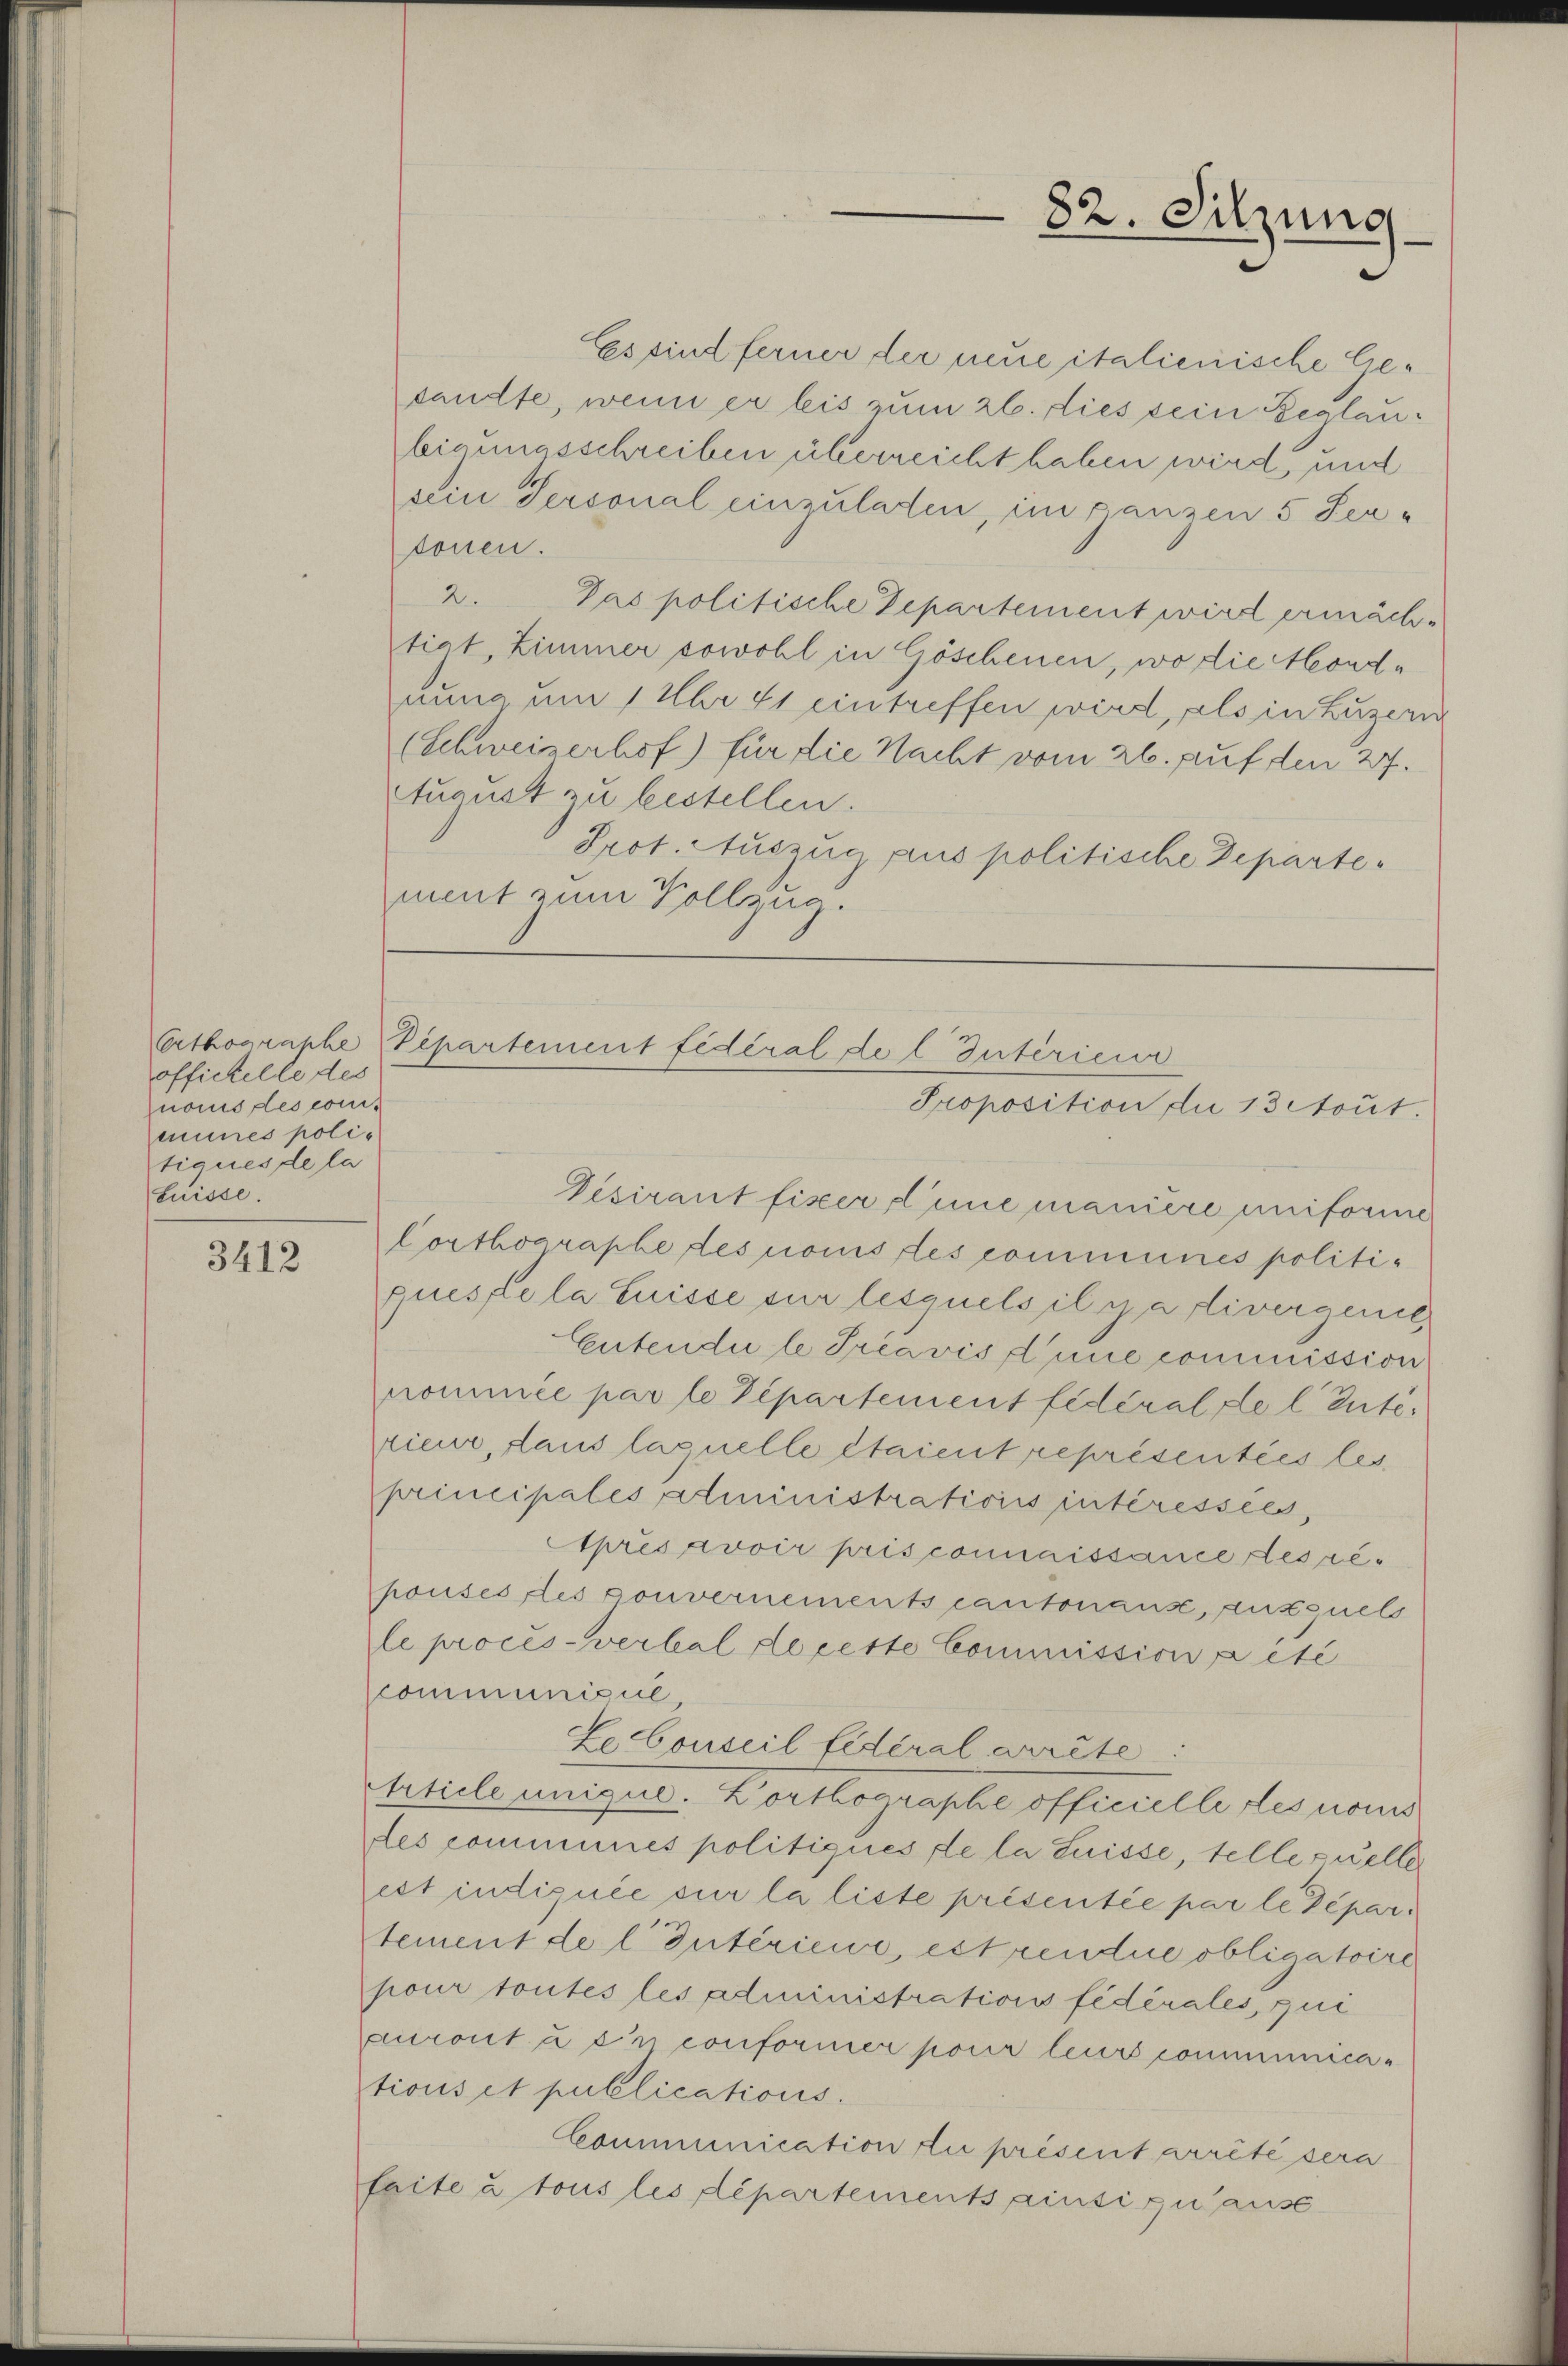
officielle des
nomis des communes politiques de la
Luisse.

3412

Es sind ferner der neue italienische Gesandte, wenn er bis zum 26. dies sein Beglaubigungsschreiben überreicht haben wird, und
ein Personal einzuladen, im ganzen 5 Seatonen.
2.
Das politische Departement wird ermäch-
tict, Zimmer sowohl in Göschenen, wo die Mondnung um 1 Uhr 41 eintreffen wird, als in Luzern
(Schweizerhof) für die Nacht vom 26. Auf den 27.
August zu bestellen.
Prot. Auszug aus politische Departement zum Vollzug.

Desirant fixer Linie maniere uniforme
Corthographe des nomis les communes politiqueste la Suisse sur lesquels il y a divergenet,
Entendu le Tréavis Eine commission
nommée par le Departement fédéral de leute.
rieur, dans laquelle étaient représentées les
principales liministrations intéressées,
Après avoir pris connaissance des repouses les pouvernements cantonanz, auxquels
le procès-verbal de cette Commission a été
communicul,
Lebonseil fidéral arrête.
Article unigul. Lorthographe officielle des nomis
des communes politiques de la Suisse, telle quelle
ect indiquée sur la liste présentée par le Departement de l. Intérieur, est rendue obligatoire
pour toutes les Administrations fédérales, qui
auront u en conformer pour leurs communications et publications.
Communication zu présent arrêté sera
faite à tous les départements ainsi quaus¬

82. Sitzung

Orthographe Pepartement fédéral de l. Intérieur
Proposition de 13 tout.